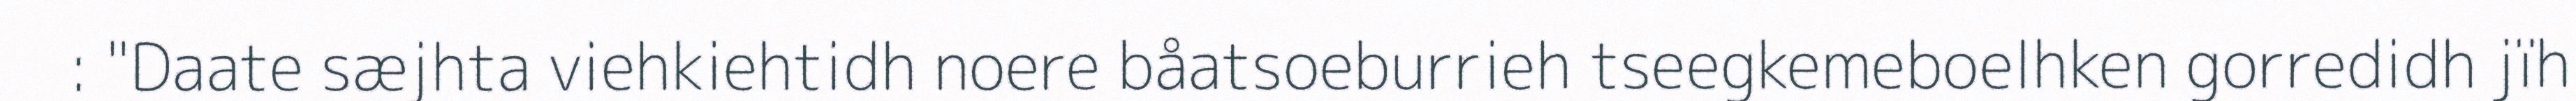
: "Daate sæjhta viehkiehtidh noere båatsoeburrieh tseegkemeboelhken gorredidh jïh